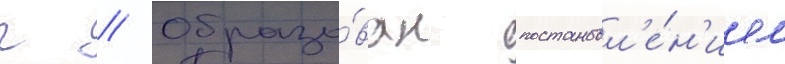
г // Образо́ван постановл'е́н'ием